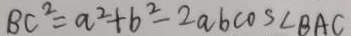
B C ^ { 2 } = a ^ { 2 } + b ^ { 2 } - 2 a b \cos \angle B A C